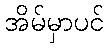
အိမ်မှာပင်